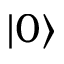
| 0 \rangle